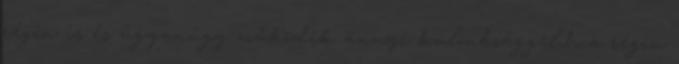
régin is és úgyanúgy működik annyi különbsággel,h a régin